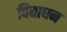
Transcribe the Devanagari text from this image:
विद्याधन